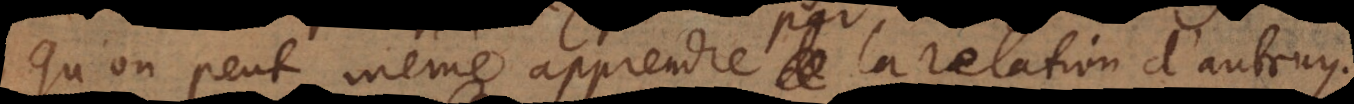
qu’on peut même apprendre par la relation d’autruy.